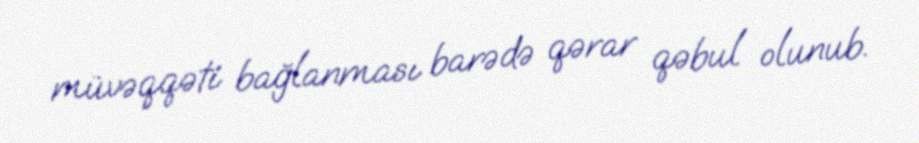
müvəqqəti bağlanması barədə qərar qəbul olunub.